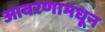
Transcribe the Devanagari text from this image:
आवरणामधून